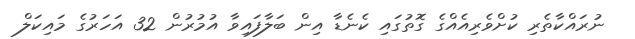
ނުރައްކާތެރި ކުށްވެރިއެއްގެ ގޮތުގައި ކެނެޑާ އިން ބަލާފައިވާ އުމުރުން 32 އަހަރުގެ މައިކަލް